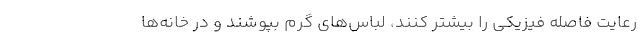
رعایت فاصله فیزیکی را بیشتر کنند، لباس‌های گرم بپوشند و در خانه‌ها